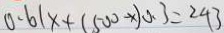
0 . 6 1 x + ( 5 0 0 - x ) 0 . 3 = 2 4 3